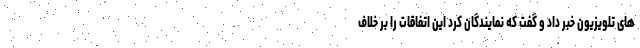
های تلویزیون خبر داد و گفت که نمایندگان کرد این اتفاقات را بر خلاف